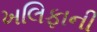
ખલિફાની